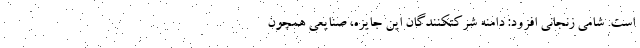
است. شامی زنجانی افزود: دامنه شرکتکنندگان این جایزه، صنایعی همچون